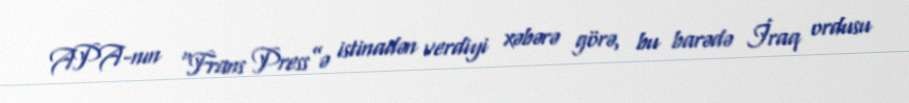
APA-nın “Frans Press”ə istinadən verdiyi xəbərə görə, bu barədə İraq ordusu